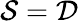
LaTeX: {\mathcal{S}}={\mathcal{D}}